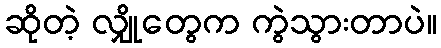
ဆိုတဲ့ လျှိုတွေက ကွဲသွားတာပဲ။